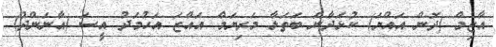
އާޒިމް (ދޮން އައްޔަ) ކުޅަދާނަ ބަތަލާ މަރިޔަމް އައްޒަ އަހުމަދު އީސަ (އާނަންދު)